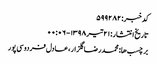
کد خبر: ۵۹۹۲۸۲
تاریخ انتشار : ۲۱ تیر ۱۳۹۸ - ۰۰:۰۶
برچسب ها: محمدرضا گلزار ، عادل فردوسی‌پور